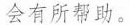
会有所帮助。